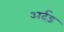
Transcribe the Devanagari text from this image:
अर्दड